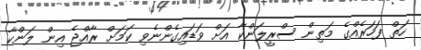
ހަތް ފަހަރެއްގެ މަތިން ސްރީލަންކާ އަށް ވަޑައިގެންނެވި ކަމަށް ރާއްޖެ އިން ލަންކާ